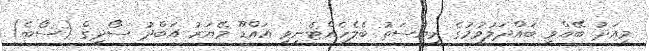
މިއަދު ބޭއްވި ބައްދަލުވުމުގެ ރިޔާސަތު ބެލެހެއްޓެނިވި އައްޑޫ މޭޔަރު އަބްދު ސޯދިގް (ސޯބެ)